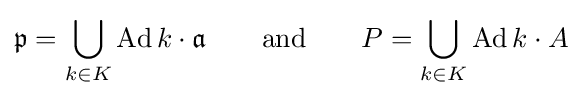
\displaystyle {{\mathfrak {p}}=\bigcup _{k\in K}\mathrm {Ad} \,k\cdot {\mathfrak {a}}}\qquad {\text{and}}\qquad \displaystyle {P=\bigcup _{k\in K}\mathrm {Ad} \,k\cdot A}